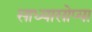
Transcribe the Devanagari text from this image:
साध्यासोप्या